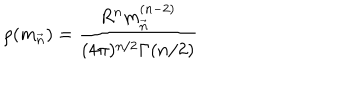
\rho ( { m } _ { \vec { n } } ) = \frac { R ^ { n } { { m } _ { \vec { n } } ^ { ( n - 2 ) } } } { ( 4 \pi ) ^ { n / 2 } \Gamma ( n / 2 ) }